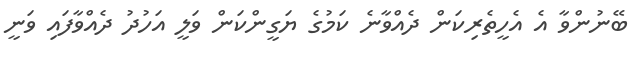
ބޭނުންވާ އެ އެހީތެރިކަން ދެއްވާނެ ކަމުގެ ޔަގީންކަން ވަލީ އަހުދު ދެއްވާފައި ވަނީ